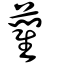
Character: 藺